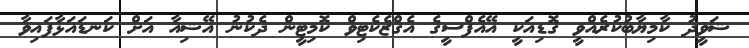
ޝަވީދު ކާމިޔާބުކުރެއްވީ ގޮޑިއަކީ އޭއެފްސީގެ އެގްޒެކެޓިވް ކޮމިޓީން ދެކުނު އޭޝިއާ އަށް ކަނޑައަޅާފައިވާ